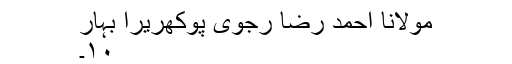
مولانا احمد رضا رجوی پوکھریرا بہار
۱۰۔